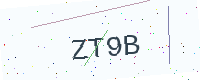
Text: ZT9B